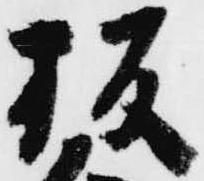
板